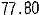
77.80